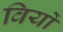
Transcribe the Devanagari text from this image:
विर्यो